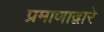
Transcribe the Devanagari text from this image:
प्रमाणाद्वारे